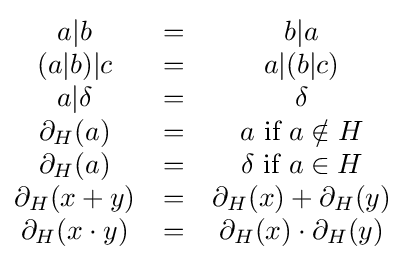
{\begin{matrix}a\vert b&=&b\vert a\\(a\vert b)\vert c&=&a\vert (b\vert c)\\a\vert \delta &=&\delta \\\partial _{H}(a)&=&a{\mbox{ if }}a\notin H\\\partial _{H}(a)&=&\delta {\mbox{ if }}a\in H\\\partial _{H}(x+y)&=&\partial _{H}(x)+\partial _{H}(y)\\\partial _{H}(x\cdot y)&=&\partial _{H}(x)\cdot \partial _{H}(y)\\\end{matrix}}